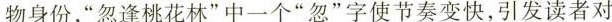
物身份，”忽逢桃花林”中一个”忽”字使节奏变快，引发读者对